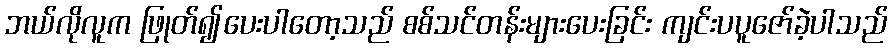
ဘယ်လိုလူက ဖြုတ်၍ပေးပါတော့သည် စစ်သင်တန်းများပေးခြင်း ကျင်းပပူဇော်ခဲ့ပါသည်